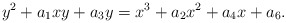
\begin{align*}y^2 + a_1xy + a_3y = x^3 + a_2x^2 + a_4x + a_6.\end{align*}